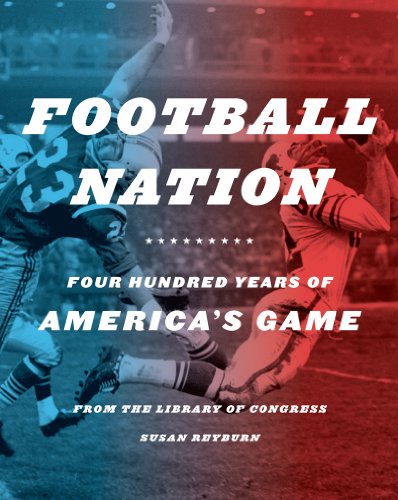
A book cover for Football Nation: Four Hundred Years of America's Game; Library of Congress; Arts & Photography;